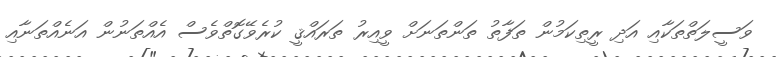
ވަސީލަތްތަކާއި އަދި ރީތިކަމުން ތަފާތު ތަންތަނަށް ވީއިރު ތަރައްޤީ ކުރެވޭގޮތްވެސް އެއްތަނުން އަނެއްތަނާއި